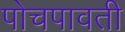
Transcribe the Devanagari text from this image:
पोचपावती